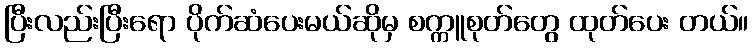
ပြီးလည်းပြီးရော ပိုက်ဆံပေးမယ်ဆိုမှ စက္ကူစုတ်တွေ ထုတ်ပေး တယ်။